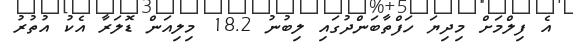
އެ ފިލްމަށް މިދިޔަ ހަފްތާބަންދުގައި ލިބުނު 18.2 މިލިއަން ޑޮލަރާ އެކު އުތުރު